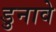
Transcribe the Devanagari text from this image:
डुनावे